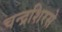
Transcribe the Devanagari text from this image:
चन्द्रशिरसे